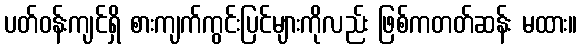
ပတ်ဝန်းကျင်ရှိ စားကျက်ကွင်းပြင်များကိုလည်း ဖြစ်ကတတ်ဆန်း မထား။